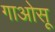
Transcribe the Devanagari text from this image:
गाओसू